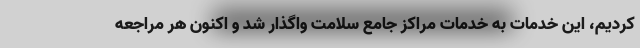
کردیم، این خدمات به خدمات مراکز جامع سلامت واگذار شد و اکنون هر مراجعه